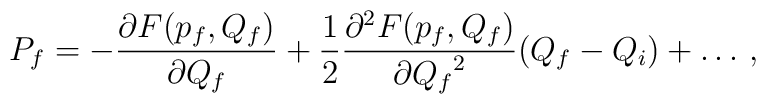
P_f = - \frac{ \partial F ( p_f , Q_f )}{ \partial Q_f }+ \frac{1}{2} \frac{ \partial^2 F( p_f, Q_f ) }{ \partial {Q_f}^2}( Q_f - Q_i ) + \ldots \, ,